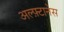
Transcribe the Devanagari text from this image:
अल्फ़्टानेस